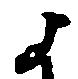
よ